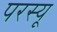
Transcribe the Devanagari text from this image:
परस्यू